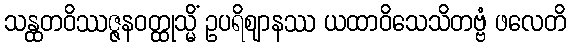
သန္ထတဝိဿဇ္ဇနဝတ္ထုသ္မိံ ဥပရိဈာနဿ ယထာဝိသေသိတဗ္ဗံ ဖလေတိ